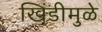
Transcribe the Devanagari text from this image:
खिंडीमुळे